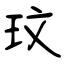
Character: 玟